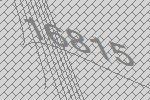
16815